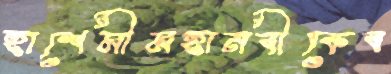
হাশেমীমহানবীকেব